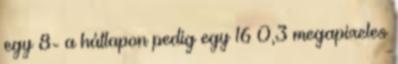
egy 8- a hátlapon pedig egy 16 0,3 megapixeles